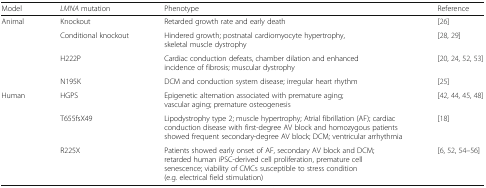
<table><thead><tr><td><b>Model</b></td><td><b><i>LMNA</i> mutation</b></td><td><b>Phenotype</b></td><td><b>Reference</b></td></tr></thead><tbody><tr><td rowspan="4">Animal</td><td>Knockout</td><td>Retarded growth rate and early death</td><td>[26]</td></tr><tr><td>Conditional knockout</td><td>Hindered growth; postnatal cardiomyocyte hypertrophy, skeletal muscle dystrophy</td><td>[28, 29]</td></tr><tr><td>H222P</td><td>Cardiac conduction defeats, chamber dilation and enhanced incidence of fibrosis; muscular dystrophy</td><td>[20, 24, 52, 53]</td></tr><tr><td>N195K</td><td>DCM and conduction system disease; irregular heart rhythm</td><td>[25]</td></tr><tr><td rowspan="3">Human</td><td>HGPS</td><td>Epigenetic alternation associated with premature aging; vascular aging; premature osteogenesis</td><td>[42, 44, 45, 48]</td></tr><tr><td>T655fsX49</td><td>Lipodystrophy type 2; muscle hypertrophy; Atrial fibrillation (AF); cardiac conduction disease with first-degree AV block and homozygous patients showed frequent secondary-degree AV block; DCM; ventricular arrhythmia</td><td>[18]</td></tr><tr><td>R225X</td><td>Patients showed early onset of AF, secondary AV block and DCM; retarded human iPSC-derived cell proliferation, premature cell senescence; viability of CMCs susceptible to stress condition (e.g. electrical field stimulation)</td><td>[6, 52, 54–56]</td></tr></tbody></table>